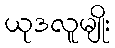
ယုဒလူမျိုး